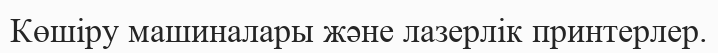
Көшіру машиналары және лазерлік принтерлер.